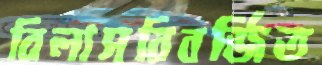
বিলাসবিবর্জিত